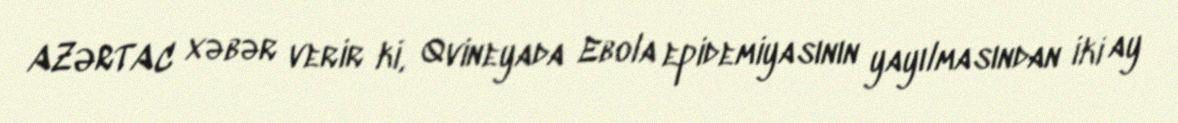
AZƏRTAC xəbər verir ki, Qvineyada Ebola epidemiyasının yayılmasından iki ay